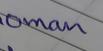
Signature authenticity: genuine